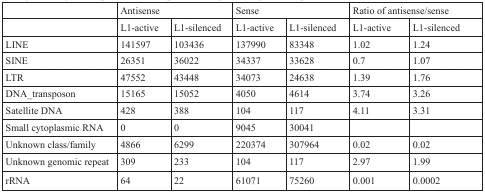
<table><thead><tr><td>[EMPTY_CELL]</td><td colspan="2"><b>Antisense</b></td><td colspan="2"><b>Sense</b></td><td colspan="2"><b>Ratio of antisense/sense</b></td></tr><tr><td>[EMPTY_CELL]</td><td><b>L1-active</b></td><td><b>L1-silenced</b></td><td><b>L1-active</b></td><td><b>L1-silenced</b></td><td><b>L1-active</b></td><td><b>L1-silenced</b></td></tr></thead><tbody><tr><td>LINE</td><td>141597</td><td>103436</td><td>137990</td><td>83348</td><td>1.02</td><td>1.24</td></tr><tr><td>SINE</td><td>26351</td><td>36022</td><td>34337</td><td>33628</td><td>0.7</td><td>1.07</td></tr><tr><td>LTR</td><td>47552</td><td>43448</td><td>34073</td><td>24638</td><td>1.39</td><td>1.76</td></tr><tr><td>DNA_transposon</td><td>15165</td><td>15052</td><td>4050</td><td>4614</td><td>3.74</td><td>3.26</td></tr><tr><td>Satellite DNA</td><td>428</td><td>388</td><td>104</td><td>117</td><td>4.11</td><td>3.31</td></tr><tr><td>Small cytoplasmic RNA</td><td>0</td><td>0</td><td>9045</td><td>30041</td><td>[EMPTY_CELL]</td><td>[EMPTY_CELL]</td></tr><tr><td>Unknown class/family</td><td>4866</td><td>6299</td><td>220374</td><td>307964</td><td>0.02</td><td>0.02</td></tr><tr><td>Unknown genomic repeat</td><td>309</td><td>233</td><td>104</td><td>117</td><td>2.97</td><td>1.99</td></tr><tr><td>rRNA</td><td>64</td><td>22</td><td>61071</td><td>75260</td><td>0.001</td><td>0.0002</td></tr></tbody></table>